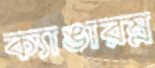
ক্যাঙারম্ন